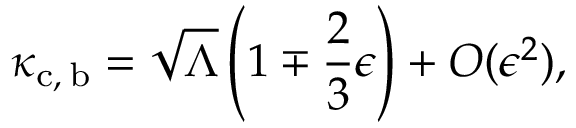
\kappa _ { \mathrm { c , \: b } } = \sqrt { \Lambda } \left( 1 \mp \frac { 2 } { 3 } \epsilon \right) + O ( \epsilon ^ { 2 } ) ,